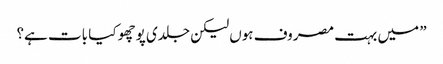
” میں بہت مصروف ہوں لیکن جلدی پوچھو کیا بات ہے؟